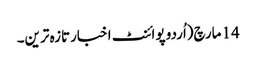
14 مارچ(اُردو پوائنٹ اخبارتازہ ترین۔